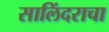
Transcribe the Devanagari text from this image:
सालिंदराचा